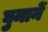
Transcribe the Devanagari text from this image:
घुमानें